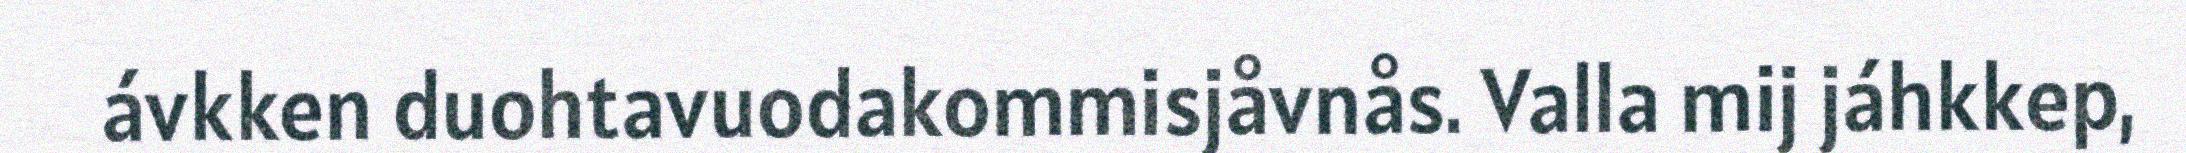
ávkken duohtavuodakommisjåvnås. Valla mij jáhkkep,